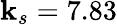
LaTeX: \mathbf{k}_{s}=7.83